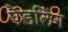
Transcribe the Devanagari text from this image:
पैड़लिंग